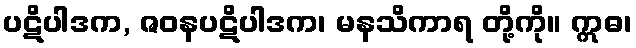
ပဋိပါဒက, ဇဝနပဋိပါဒက၊ မနသိကာရ တို့ကို။ ဣဓ၊